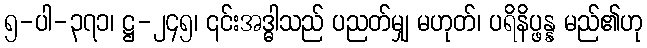
၅-ပါ-၃၇၁၊ ဋ္ဌ-၂၄၅၊ ၎င်းအဒ္ဓါသည် ပညတ်မျှ မဟုတ်၊ ပရိနိပ္ဖန္န မည်၏ဟု